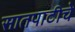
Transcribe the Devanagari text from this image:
सातपाटीचे